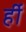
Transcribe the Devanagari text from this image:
र्ही